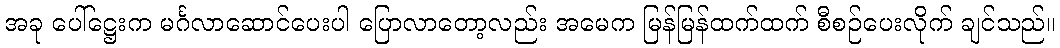
အခု ပေါ်ဋ္ဌေးက မင်္ဂလာဆောင်ပေးပါ ပြောလာတော့လည်း အမေက မြန်မြန်ထက်ထက် စီစဉ်ပေးလိုက် ချင်သည်။